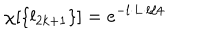
LaTeX: \chi [ \{ l _ { 2 k + 1 } \} ] = e ^ { - l \cdot L \cdot l / 4 }